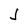
Character: J